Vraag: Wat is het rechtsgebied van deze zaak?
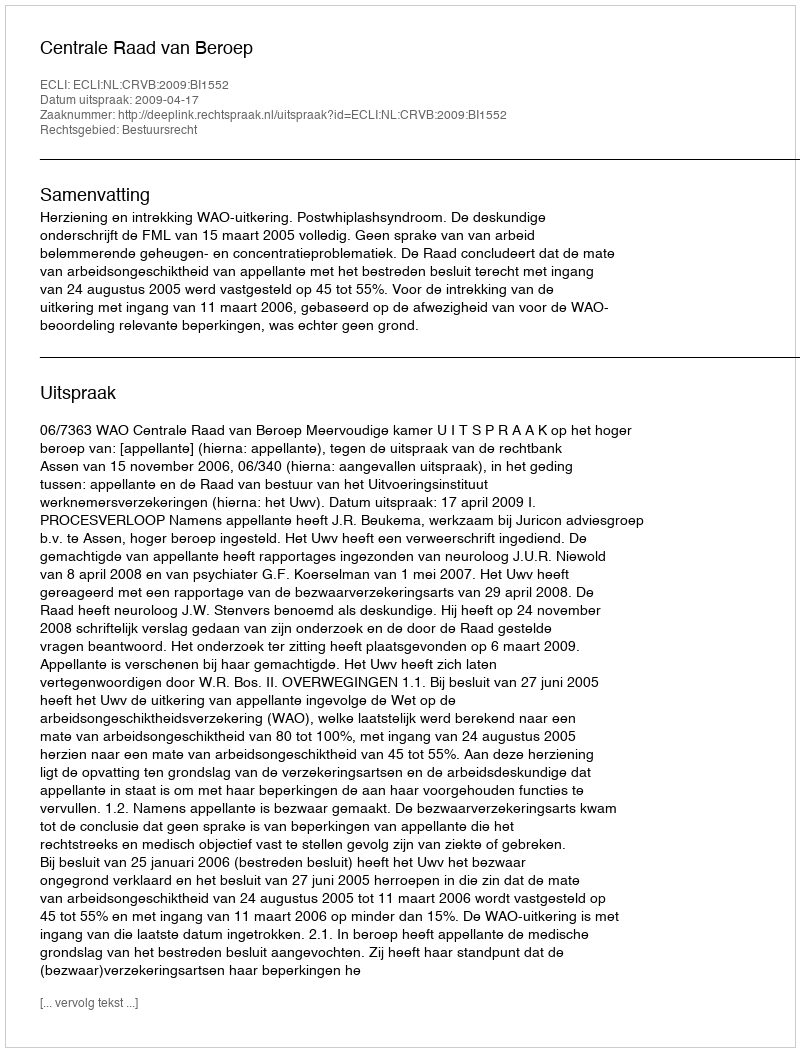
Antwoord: Bestuursrecht